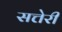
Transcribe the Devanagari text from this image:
सत्तेरी